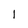
Character: 1